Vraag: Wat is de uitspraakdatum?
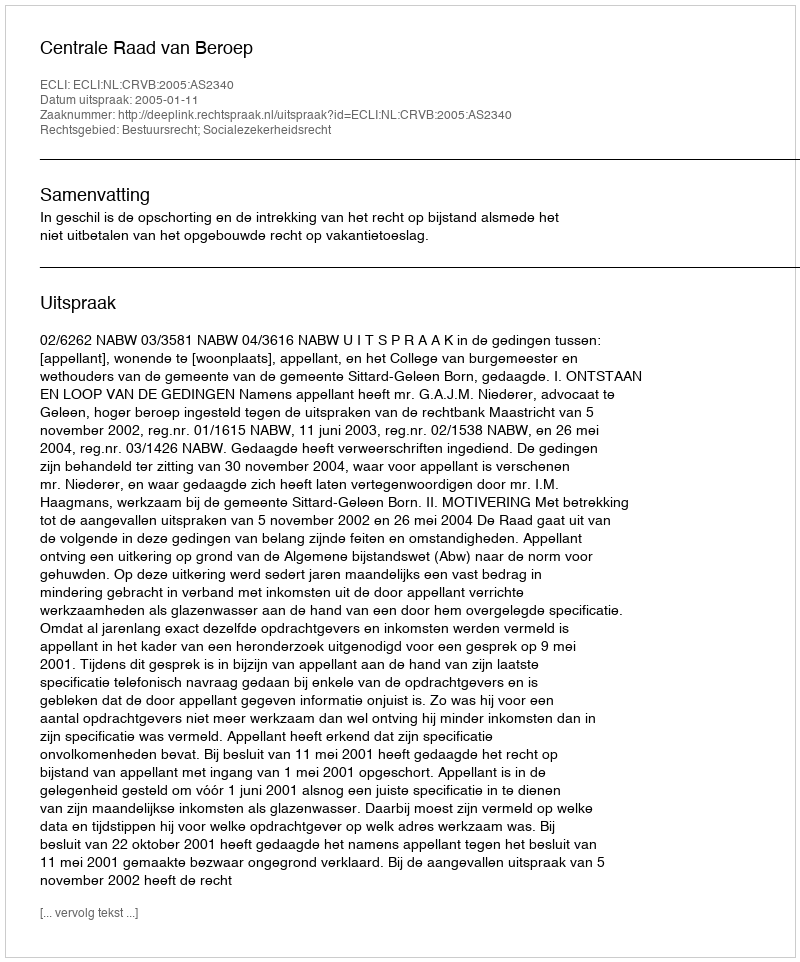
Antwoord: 2005-01-11